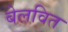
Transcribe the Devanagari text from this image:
बेलवित